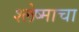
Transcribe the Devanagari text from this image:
श्लेष्माचा